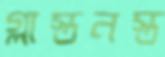
গ্লাস্তনস্ত